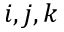
i , j , k